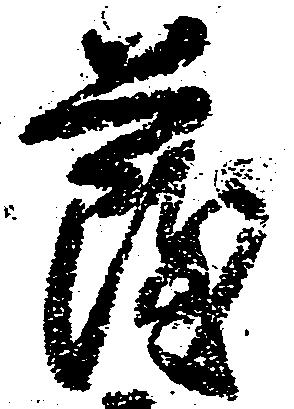
薩